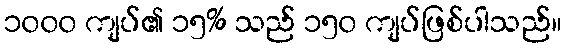
၁၀၀၀ ကျပ်၏ ၁၅% သည် ၁၅၀ ကျပ်ဖြစ်ပါသည်။